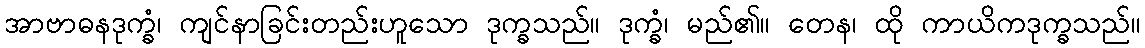
အာဗာဓနဒုက္ခံ၊ ကျင်နာခြင်းတည်းဟူသော ဒုက္ခသည်။ ဒုက္ခံ၊ မည်၏။ တေန၊ ထို ကာယိကဒုက္ခသည်။